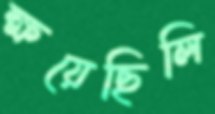
ক্ষয়েছিলি